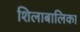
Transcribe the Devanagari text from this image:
शिलाबालिका